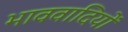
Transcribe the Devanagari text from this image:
भाववादियों